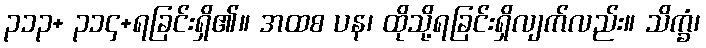
၃၁၃+ ၃၁၄+ရခြင်းရှိ၏။ အထစ ပန၊ ထိုသို့ရခြင်းရှိလျက်လည်း။ သိက္ခံ၊